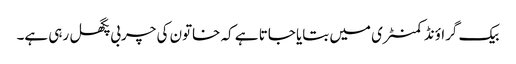
بیک گراؤنڈ کمنٹری میں بتایا جاتا ہے کہ خاتون کی چربی پگھل رہی ہے۔